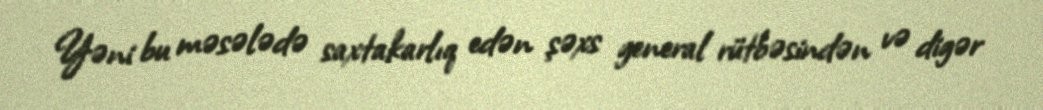
Yəni bu məsələdə saxtakarlıq edən şəxs general rütbəsindən və digər